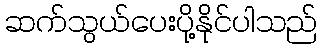
ဆက်သွယ်ပေးပို့နိုင်ပါသည်